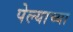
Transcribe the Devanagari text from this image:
पेल्याच्या